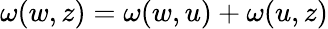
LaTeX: \omega(w,z)=\omega(w,u)+\omega(u,z)